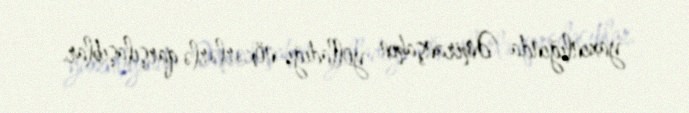
yaxınlığında Əmiranşahın yolladığı nökərlərlə qarşılaşıblar.